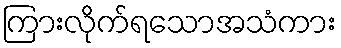
ကြားလိုက်ရသောအသံကား